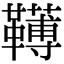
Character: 䪇